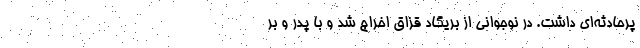
پرحادثه‌ای داشت. در نوجوانی از بریگاد قزاق اخراج شد و با پدر و بر